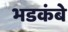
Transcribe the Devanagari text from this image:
भडकंबे